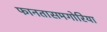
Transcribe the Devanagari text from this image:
फानतासमगोरिया